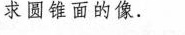
求圆锥面的像。